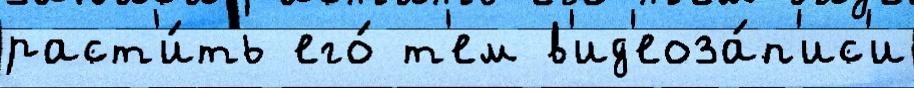
раст'и́ть его́ т'ем в'ид'еоза́п'ис'и